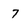
Character: 7